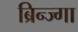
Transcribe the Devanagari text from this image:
ब्रिन्ज्गा